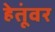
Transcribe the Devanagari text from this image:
हेतूंवर